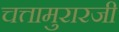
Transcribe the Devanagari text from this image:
चत्तामुरारजी